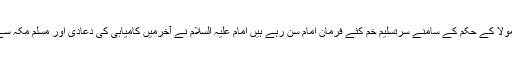
اس کے برعکس مسلم خاموش مولا کے حکم کے سامنے سرتسلیم خم کئے فرمان امام سن رہے ہیں امام علیہ السلام نے آخرمیں کامیابی کی دعادی اور مسلم مکہ سے کوفہ کے لئے روانہ ہو گئے۔